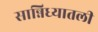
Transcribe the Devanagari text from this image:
सान्निध्यातली